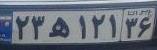
۲۳ه۱۲۱۳۶